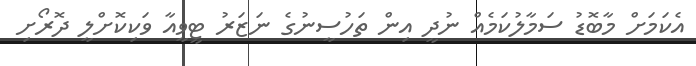
އެކަމަށް މާބޮޑު ސަމާލުކަމެއް ނުދީ އިން ތަހުސީނުގެ ނަޒަރު ޓީވީއާ ވަކިކޮށްލީ ދޮރޯށި